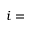
i =